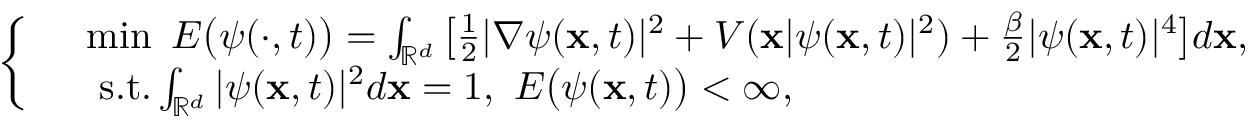
\left\{ \begin{array} { r l } & { \operatorname* { m i n } ~ E \big ( \psi ( \cdot , t ) \big ) = \int _ { \mathbb { R } ^ { d } } \big [ \frac { 1 } { 2 } | \nabla \psi ( \mathbf { x } , t ) | ^ { 2 } + V ( \mathbf { x } | \psi ( \mathbf { x } , t ) | ^ { 2 } ) + \frac { \beta } { 2 } | \psi ( \mathbf { x } , t ) | ^ { 4 } \big ] d \mathbf { x } , } \\ & { ~ \mathrm { s . t . } \int _ { \mathbb { R } ^ { d } } | \psi ( \mathbf { x } , t ) | ^ { 2 } d \mathbf { x } = 1 , ~ E \big ( \psi ( \mathbf { x } , t ) \big ) < \infty , } \end{array} \right.